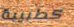
كطبيبة